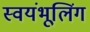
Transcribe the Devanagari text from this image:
स्वयंभूलिंग